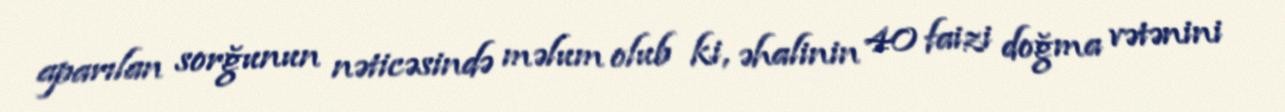
aparılan sorğunun nəticəsində məlum olub ki, əhalinin 40 faizi doğma vətənini